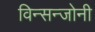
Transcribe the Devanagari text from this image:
विन्सन्जोनी